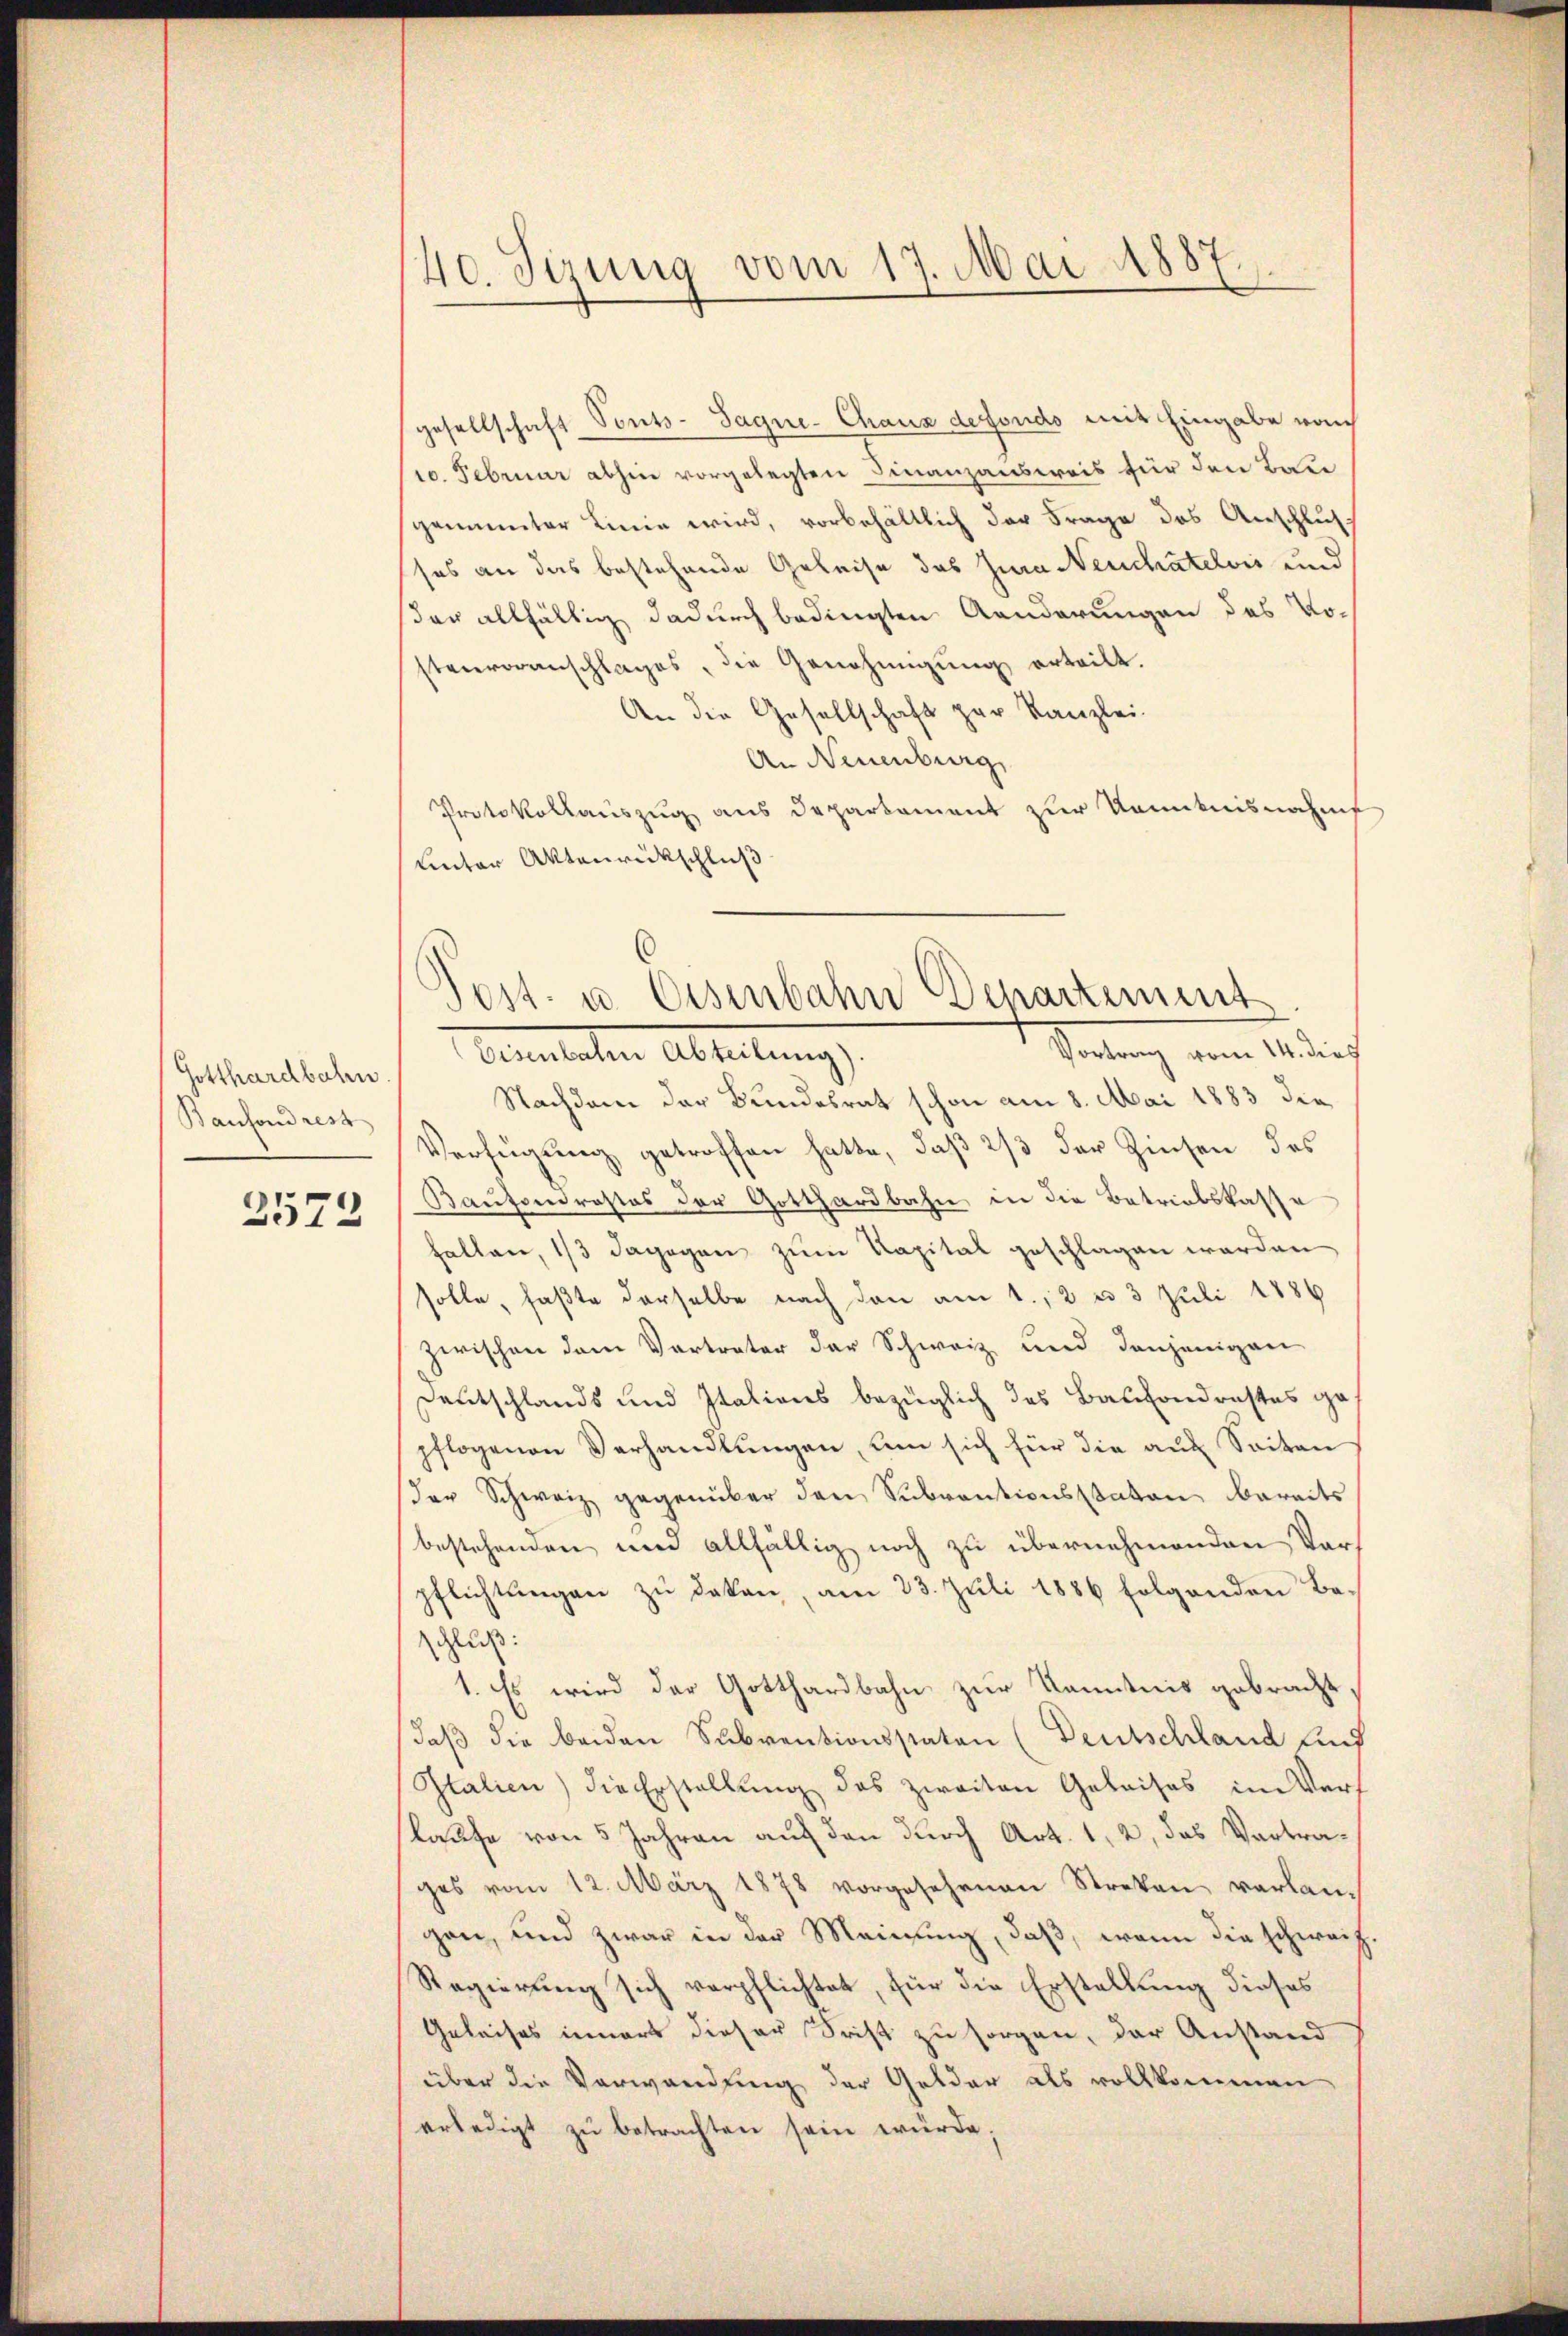
Gotthardbahn.
Baufond rest

2573

40. Sizung vom 17. Mai 1887

gesellschaft Sonts-Sagne- Chaus defonds mit Eingabe vom
10. Februar abhin vorgelegten Finanzausweis für den Bau
gemunter Linie wird, vorbehältlich der Frage des Anschlus
ses an das bestehende Geleise das Jura Neuchatelvis und
der allfällig dadurch bedingten Aenderungen des Vostenvoranschlages, die Genehmigung erteilt.
An die Gesellschaft zur Kanzlei-
An Neuenburg,
Protokollauszug aus Departement zur Kenntnisnahm
Unter Aktenrückschluß

Post- u. Eisenbahn Departement
Vortrag vom 14. dies

Cementaten Abteilung
Nachdem der Bundesrat schon am 8. Mai 1883 die
Verfügung getroffen hatte, daß 2/3 der Zinsen des
Kaufondrastes der Gotthardbahn, in die Betriebskasse
halten, 1/3 dagegen zum Kapital geschlagen werden
solle, faßte derselbe nach den am 1., 2 u 3 Juli 1886
zwischen dem Vertreter der Schweiz und denjenigen
Deutschlands und Italiens bezüglich des Baufondrastes ge
pflogenen Verhandlungen, um sich für die auf Seiten
der Schweiz gegenüber den Subventionsstaten bereits
bestehenden und allfällig noch zu übernehmenden Vorpflichtŭngen zŭ deken, am 23. Juli 1886 folgenden Be-
schluß:
1. Es wird der Gotthardbahn zur Kenntnis gebracht,
daβ die beiden Subventionsstaten (Deutschland auf
Italien) die Erstellŭng des zweiten Geleises im Verlaufe von 5 Jahren auf den durch Art. 1, 2, das Vertrages vom 12. März 1878 vorgesehenen Streken verlan-
gen, und zwar in der Meinung, daß, wenn die schweiz
Regierung sich verpflichtet, für die Erstellung dieses
Geleises innert dieser Frist zu sorgen, der Anstand
über die Verwandung der Gelder als vollkommen
erledigt zŭ betrachten sein würde.